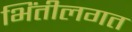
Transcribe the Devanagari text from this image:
भिंतीलगत